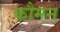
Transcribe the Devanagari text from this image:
कौमन